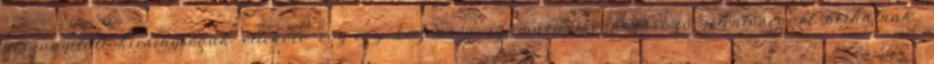
viszonyított kicsinységük ellenére egy-egy közösség számára meghatározó jelentőséggel bírhatnak.